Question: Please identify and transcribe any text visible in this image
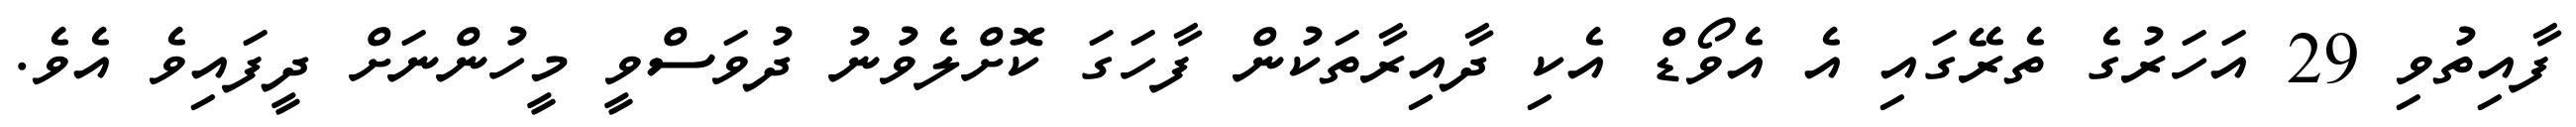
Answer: ފާއިތުވި 29 އަހަރުގެ ތެރޭގައި އެ އެވޯޑް އެކި ދާއިރާތަކުން ފާހަގަ ކޮށްލެވުނު ދުވަސްވީ މީހުންނަށް ދީފައިވެ އެވެ.